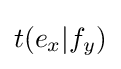
t(e_{x}|f_{y})